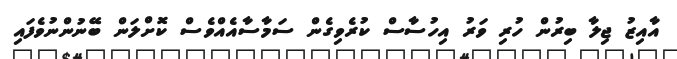
އާއިޒު ޖިލާ ބިރުން ހުރި ވަރު އިހުސާސް ކުރެވިގެން ސަމާސާއެއްވެސް ކޮށްލަން ބޭނުންނުވެފައި